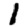
Digit: 1